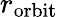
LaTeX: r_{\mathrm{orbit}}